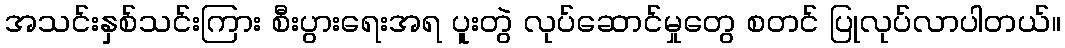
အသင်းနှစ်သင်းကြား စီးပွားရေးအရ ပူးတွဲ လုပ်ဆောင်မှုတွေ စတင် ပြုလုပ်လာပါတယ်။